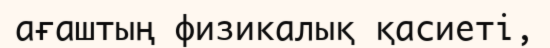
ағаштың физикалық қасиеті,